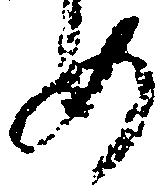
め